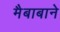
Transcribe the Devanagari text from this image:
मैबाबाने